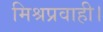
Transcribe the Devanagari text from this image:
मिश्रप्रवाही।